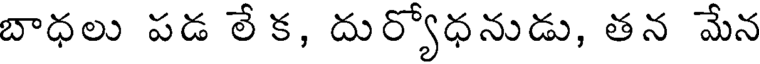
బాధలు పడ లే క, దుర్యోధనుడు, తన మేన